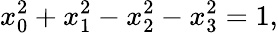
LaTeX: x_{0}^{2}+x_{1}^{2}-x_{2}^{2}-x_{3}^{2}=1,